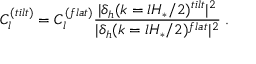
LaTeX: C _ { l } ^ { ( t i l t ) } = C _ { l } ^ { ( f l a t ) } \frac { | \delta _ { h } ( k = l H _ { * } / 2 ) ^ { t i l t } | ^ { 2 } } { | \delta _ { h } ( k = l H _ { * } / 2 ) ^ { f l a t } | ^ { 2 } } \; .